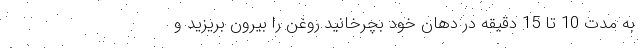
به مدت 10 تا 15 دقیقه در دهان خود بچرخانید.روغن را بیرون بریزید و